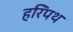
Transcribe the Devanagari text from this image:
हरिंपथ